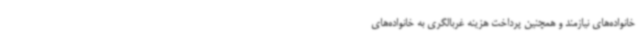
خانواده‌های نیازمند و همچنین پرداخت هزینه غربالگری به خانواده‌های